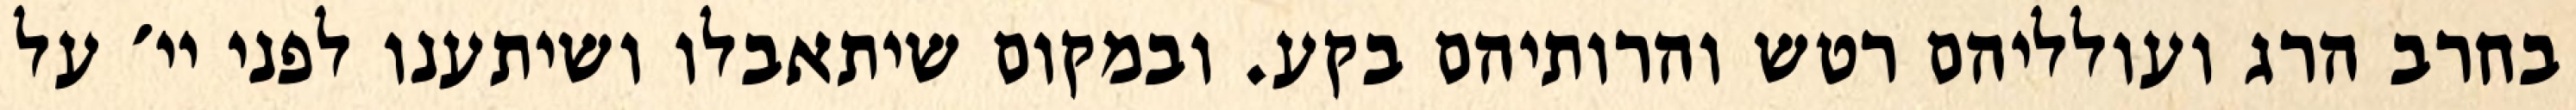
בחרב הרג ועולליהם רטש והרותיהם בקע. ובמקום שיתאבלו ושיתענו לפני יי׳ על